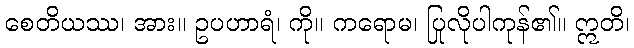
စေတိယဿ၊ အား။ ဥပဟာရံ၊ ကို။ ကရောမ၊ ပြုလိုပါကုန်၏။ ဣတိ၊